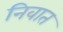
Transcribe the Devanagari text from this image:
निवात